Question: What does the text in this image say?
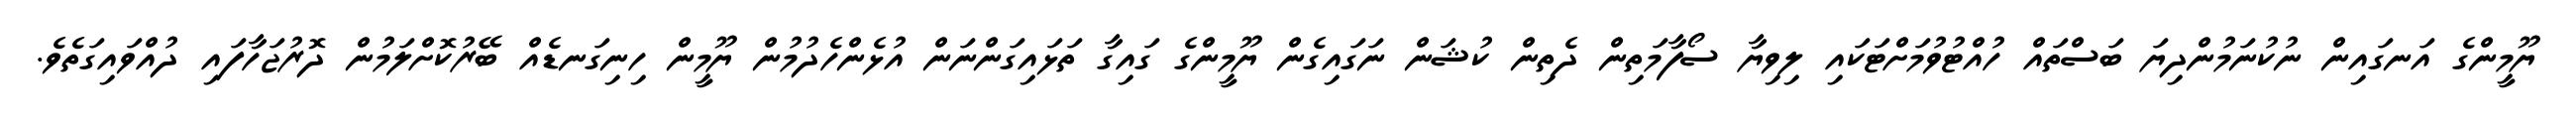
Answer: ޔޫމީންގެ އަނގައިން ނުކުނަމުންދިޔަ ބަސްތައް ހުއްޓުވުމަށްޓަކައި ލިވިޔާ ސޯފާމަތިން ދެތިން ކުޝަން ނަގައިގެން ޔޫމީންގެ ގައިގާ ތަޅައިގަންނަން އުޅެންހެދުމުން ޔޫމީން ހިނިގަނޑެއް ބޭރުކޮށްލަމުން ދޮރުޖަހާފައި ދުއްވައިގަތެވެ.